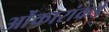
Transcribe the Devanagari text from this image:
ओंकारांकडे